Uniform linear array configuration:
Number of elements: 4
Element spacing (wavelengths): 0.25
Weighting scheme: binomial
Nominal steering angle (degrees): -60
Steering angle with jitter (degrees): -61.457
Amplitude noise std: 0.05
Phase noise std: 0.05

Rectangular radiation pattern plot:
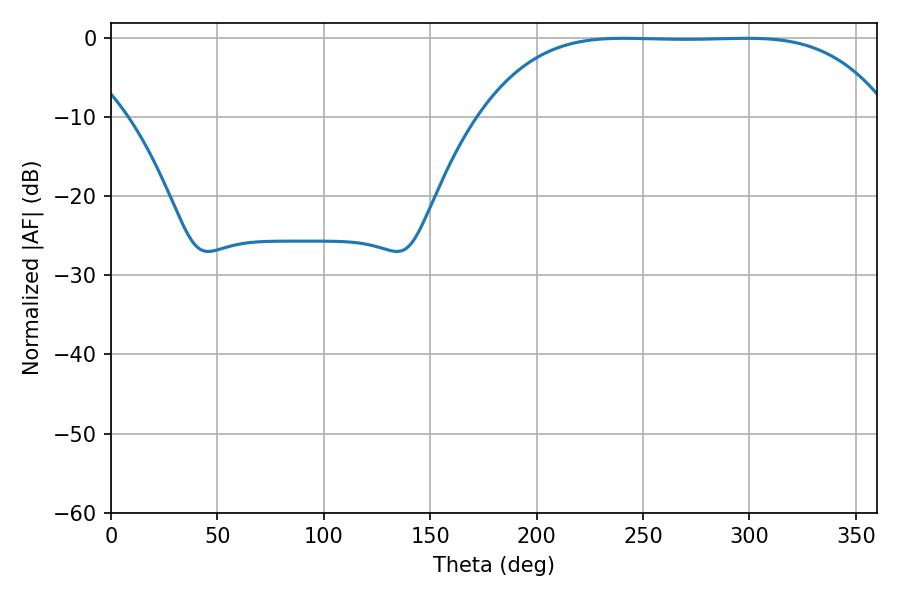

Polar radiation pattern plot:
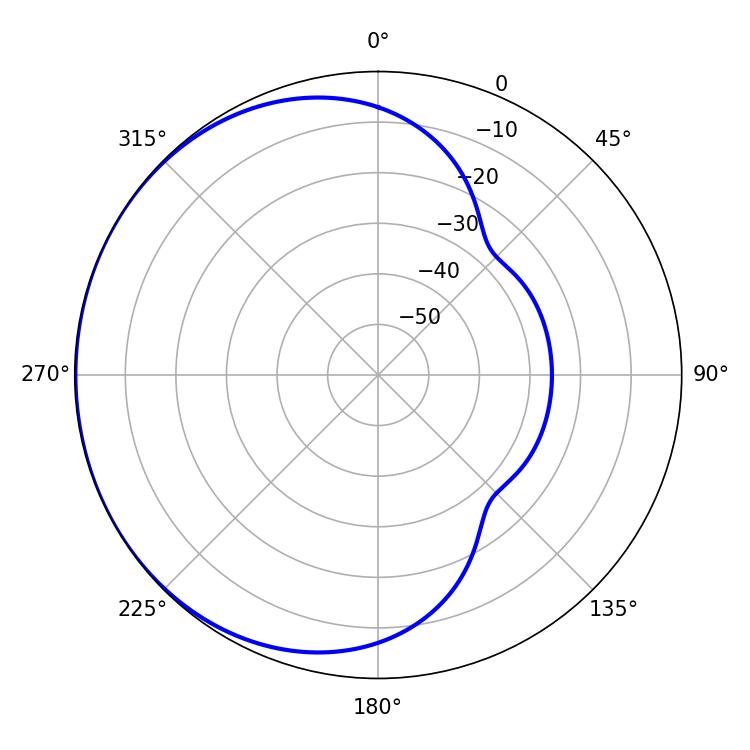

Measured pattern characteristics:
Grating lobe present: FALSE
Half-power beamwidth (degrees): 146.52
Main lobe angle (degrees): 241.2